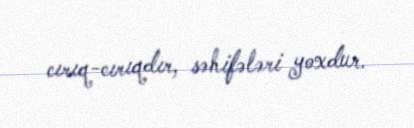
cırıq-cırıqdır, səhifələri yoxdur.